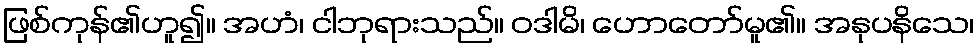
ဖြစ်ကုန်၏ဟူ၍။ အဟံ၊ ငါဘုရားသည်။ ဝဒါမိ၊ ဟောတော်မူ၏။ အနုပနိသေ၊